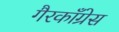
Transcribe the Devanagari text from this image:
गैरकाँग्रेस